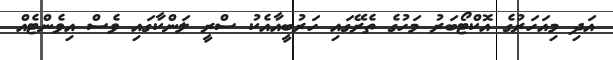
އަދި މިއަހަރުގެ އޮކްޓޯބަރު މަހުގެ ތެރޭގައި ހަރުބީއާއެކު ސްރީ ލަންކާގައި ވެސް އިވެންޓެއް